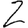
Digit: 2